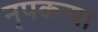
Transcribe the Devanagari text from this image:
नृपकन्या